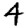
Digit: 4